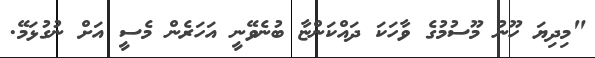
"މިދިޔަ ހޫނު މޫސުމުގެ ވާހަކަ ދައްކަންޏާ ބުނެވޭނީ އަހަރެން މެސީ އަށް ނުގުޅަމޭ.